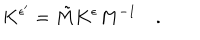
LaTeX: K ^ { \epsilon ^ { \prime } } = \tilde { M } K ^ { \epsilon } M ^ { - 1 } \quad .